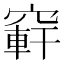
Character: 䆭